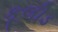
કૂલીડ